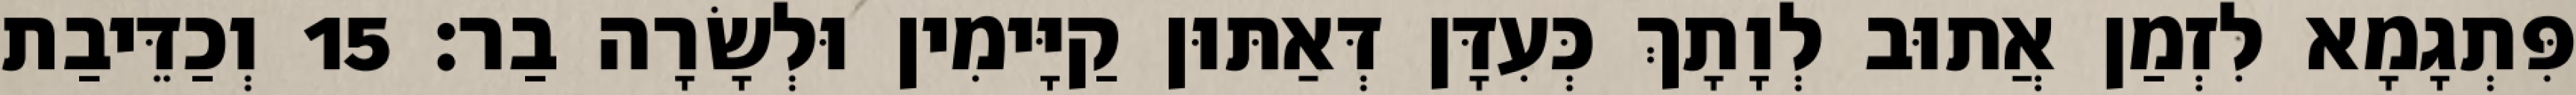
פִּתְגָמָא לִזְמַן אֲתוּב לְוָתָךְ כְּעִדָּן דְּאַתּוּן קַיָּימִין וּלְשָׂרָה בַר׃ 15 וְכַדֵּיבַת